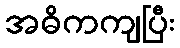
အဓိကကျပြီး